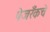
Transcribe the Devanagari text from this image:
पेजरँकचे